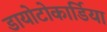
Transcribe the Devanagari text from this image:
डायोटोकार्डिया